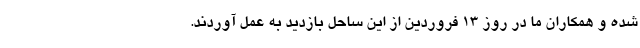
شده و همکاران ما در روز ۱۳ فروردین از این ساحل بازدید به عمل آوردند.